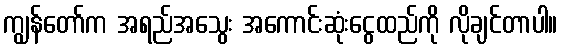
ကျွန်တော်က အရည်အသွေး အကောင်းဆုံးငွေထည်ကို လိုချင်တာပါ။